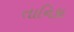
તાનિકા